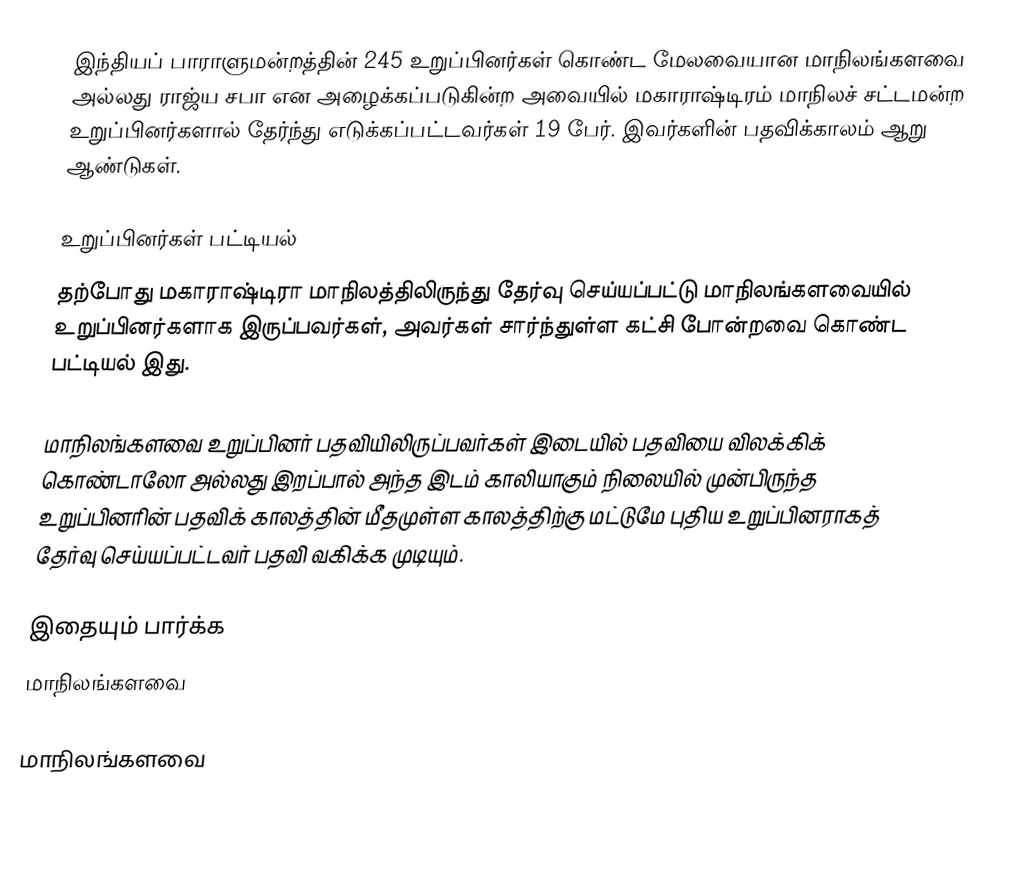
இந்தியப் பாராளுமன்றத்தின் 245 உறுப்பினர்கள் கொண்ட மேலவையான மாநிலங்களவை அல்லது ராஜ்ய சபா  என அழைக்கப்படுகின்ற அவையில் மகாராஷ்டிரம் மாநிலச் சட்டமன்ற உறுப்பினர்களால் தேர்ந்து எடுக்கப்பட்டவர்கள் 19 பேர். இவர்களின் பதவிக்காலம் ஆறு ஆண்டுகள்.

உறுப்பினர்கள் பட்டியல்
தற்போது மகாராஷ்டிரா மாநிலத்திலிருந்து தேர்வு செய்யப்பட்டு மாநிலங்களவையில் உறுப்பினர்களாக இருப்பவர்கள், அவர்கள் சார்ந்துள்ள கட்சி போன்றவை கொண்ட பட்டியல் இது.

 மாநிலங்களவை உறுப்பினர் பதவியிலிருப்பவர்கள் இடையில் பதவியை விலக்கிக் கொண்டாலோ அல்லது இறப்பால் அந்த இடம் காலியாகும் நிலையில் முன்பிருந்த உறுப்பினரின் பதவிக் காலத்தின் மீதமுள்ள காலத்திற்கு மட்டுமே புதிய உறுப்பினராகத் தேர்வு செய்யப்பட்டவர் பதவி வகிக்க முடியும்.

இதையும் பார்க்க
மாநிலங்களவை

 மாநிலங்களவை